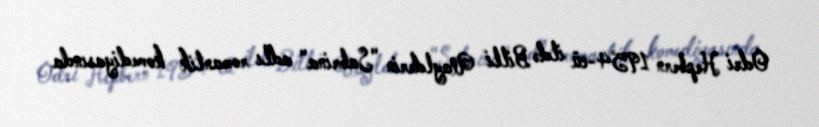
Odri Hepbern 1954-cü ildə Billi Uaylderin "Sabrina" adlı romantik komediyasında